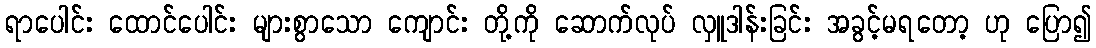
ရာပေါင်း ထောင်ပေါင်း များစွာသော ကျောင်း တို့ကို ဆောက်လုပ် လှူဒါန်းခြင်း အခွင့်မရတော့ ဟု ပြော၍